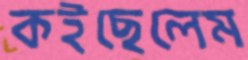
কইছেলেম